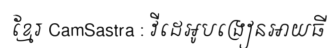
ខ្មែរ CamSastra : វីដេអូបង្រៀនអាយធី